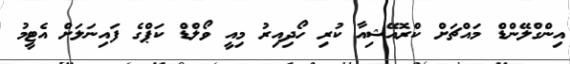
އިންގްލޭންޑް މައްޗަށް ކްރޮއޭޝިއާ ކުރި ހޯދިއިރު މިއީ ވޯލްޑް ކަޕްގެ ފައިނަލަށް އެޓީމު